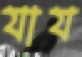
যায